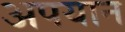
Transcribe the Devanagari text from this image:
अपयान